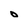
Character: O